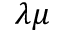
\lambda \mu